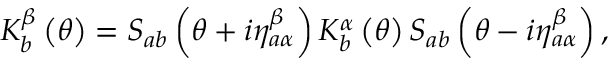
K _ { b } ^ { \beta } \left( \theta \right) = S _ { a b } \left( \theta + i \eta _ { a \alpha } ^ { \beta } \right) K _ { b } ^ { \alpha } \left( \theta \right) S _ { a b } \left( \theta - i \eta _ { a \alpha } ^ { \beta } \right) ,